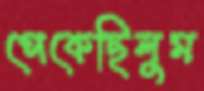
পেকেছিলুম